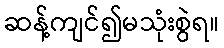
ဆန့်ကျင်၍မသုံးစွဲရ။